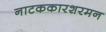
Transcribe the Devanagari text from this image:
नाटककारशरमन